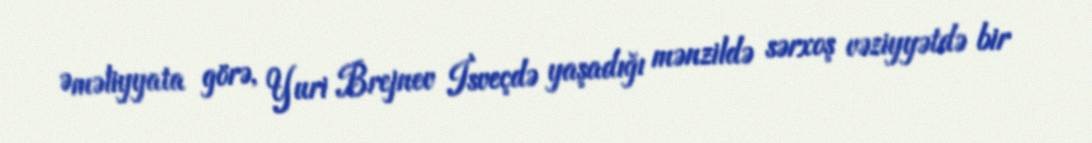
Əməliyyata görə, Yuri Brejnev İsveçdə yaşadığı mənzildə sərxoş vəziyyətdə bir